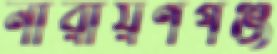
নারায়ণগঞ্জ